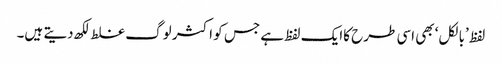
لفظ ’بالکل‘ بھی اسی طرح کاایک لفظ ہے جس کو اکثر لوگ غلط لکھ دیتے ہیں۔